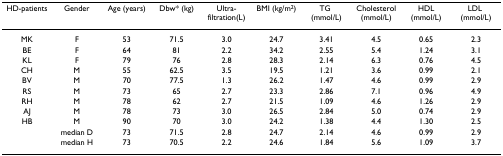
| HD-patients | Gender | Age (years) | Dbw* (kg) | Ultra-filtration(L) | BMI (kg/m2) | TG (mmol/L) | Cholesterol (mmol/L) | HDL (mmol/L) | LDL (mmol/L) |
 | --- | --- | --- | --- | --- | --- | --- | --- | --- | --- |
 | MK | F | 53 | 71.5 | 3.0 | 24.7 | 3.41 | 4.5 | 0.65 | 2.3 |
 | BE | F | 64 | 81 | 2.2 | 34.2 | 2.55 | 5.4 | 1.24 | 3.1 |
 | KL | F | 79 | 76 | 2.8 | 28.3 | 2.14 | 6.3 | 0.76 | 4.5 |
 | CH | M | 55 | 62.5 | 3.5 | 19.5 | 1.21 | 3.6 | 0.99 | 2.1 |
 | BV | M | 70 | 77.5 | 1.3 | 26.2 | 1.47 | 4.6 | 0.99 | 2.9 |
 | RS | M | 73 | 65 | 2.7 | 23.3 | 2.86 | 7.1 | 0.96 | 4.9 |
 | RH | M | 78 | 62 | 2.7 | 21.5 | 1.09 | 4.6 | 1.26 | 2.9 |
 | AJ | M | 78 | 73 | 3.0 | 26.5 | 2.84 | 5.0 | 0.74 | 2.9 |
 | HB | M | 90 | 70 | 3.0 | 24.2 | 1.38 | 4.4 | 1.30 | 2.5 |
 |  | median D | 73 | 71.5 | 2.8 | 24.7 | 2.14 | 4.6 | 0.99 | 2.9 |
 |  | median H | 73 | 70.5 | 2.2 | 24.6 | 1.84 | 5.6 | 1.09 | 3.7 |